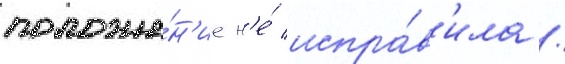
положе́н'ие н'е́ испра́в'ила /